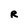
Character: R